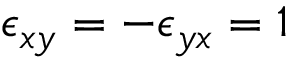
\epsilon _ { x y } = - \epsilon _ { y x } = 1